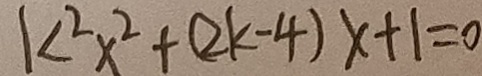
k ^ { 2 } x ^ { 2 } + ( 2 k - 4 ) x + 1 = 0